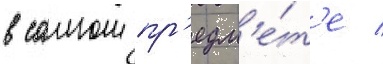
в самом пр'едм'е́т'е /